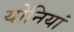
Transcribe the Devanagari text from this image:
योनियां